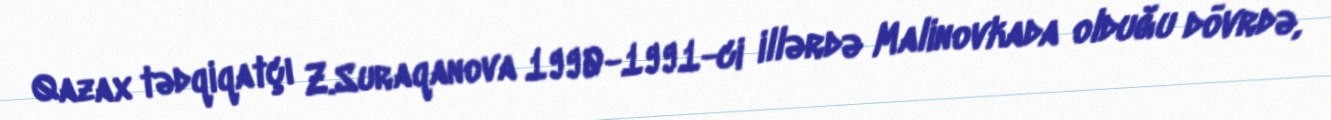
Qazax tədqiqatçı Z.Suraqanova 1990-1991-ci illərdə Malinovkada olduğu dövrdə,